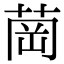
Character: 𦱌